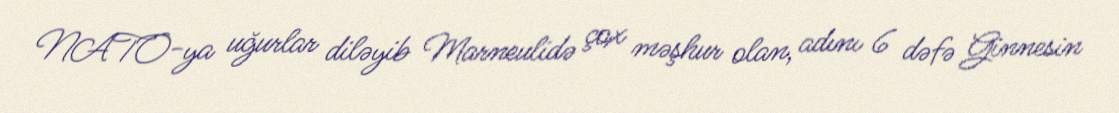
NATO-ya uğurlar diləyib Marneulidə çox məşhur olan, adını 6 dəfə Ginnesin